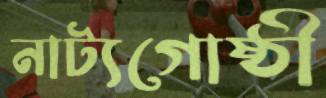
নাট্যগোষ্ঠী